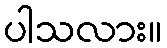
ပါသလား။